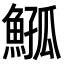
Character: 𩸰